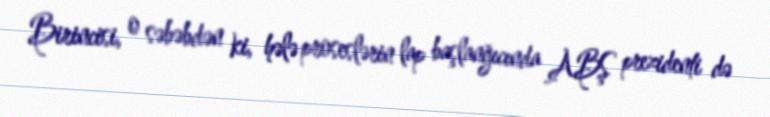
Birincisi, o səbəbdən ki, hələ proseslərin lap başlanğıcında ABŞ prezidenti də